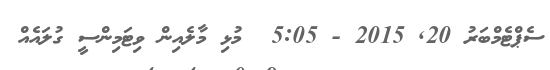
ސެޕްޓެމްބަރު 20